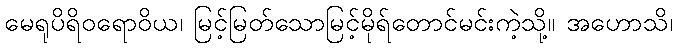
မေရုပိရိဝရောဝိယ၊ မြင့်မြတ်သောမြင့်မိုရ်တောင်မင်းကဲ့သို့။ အဟောသိ၊